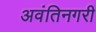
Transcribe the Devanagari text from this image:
अवंतिनगरी